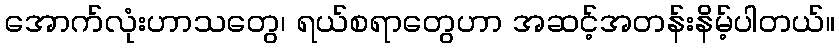
အောက်လုံးဟာသတွေ၊ ရယ်စရာတွေဟာ အဆင့်အတန်းနိမ့်ပါတယ်။